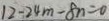
1 2 - 2 4 m - 8 n = 0